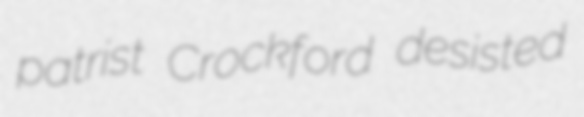
patrist Crockford desisted